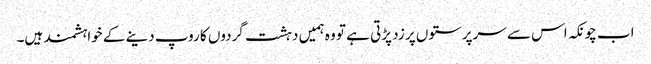
اب چونکہ اس سے سرپرستوں پر زد پڑتی ہے تو وہ ہمیں دہشت گردوں کا روپ دینے کے خواہشمند ہیں۔